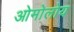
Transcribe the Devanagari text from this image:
ओमोलोय